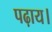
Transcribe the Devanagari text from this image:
पढ़ाय।